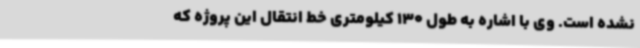
نشده است. وی با اشاره به طول 130 کیلومتری خط انتقال این پروژه که